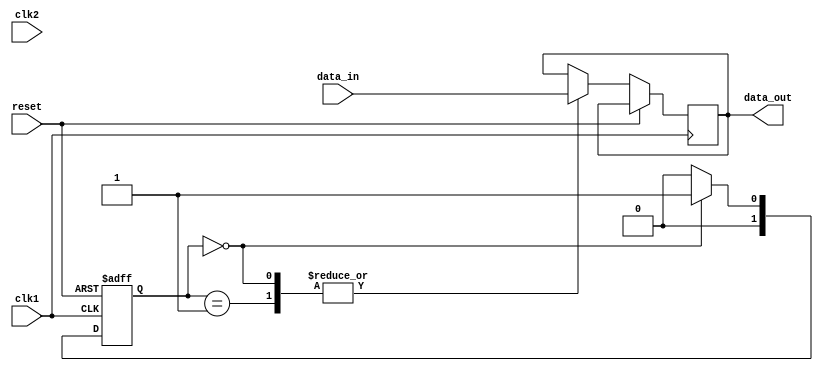
module twoway_bypass_register (
    input wire clk1,
    input wire clk2,
    input wire reset,
    input wire data_in,
    output reg data_out
);

reg [1:0] state;

always @ (posedge clk1 or posedge reset) begin
    if (reset) begin
        state <= 2'b00;
    end else begin
        case (state)
            2'b00: begin // Transfer data from clk1 to clk2
                data_out <= data_in;
                state <= 2'b01;
            end
            2'b01: begin // Transfer data from clk2 to clk1
                data_out <= data_in;
                state <= 2'b00;
            end
            default: state <= 2'b00;
        endcase
    end
end

endmodule